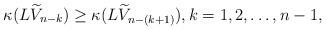
LaTeX: \begin{align*}\kappa(L\widetilde{V}_{n-k})\geq\kappa(L\widetilde{V}_{n-(k+1)}),k = 1, 2,\ldots, n-1,\end{align*}